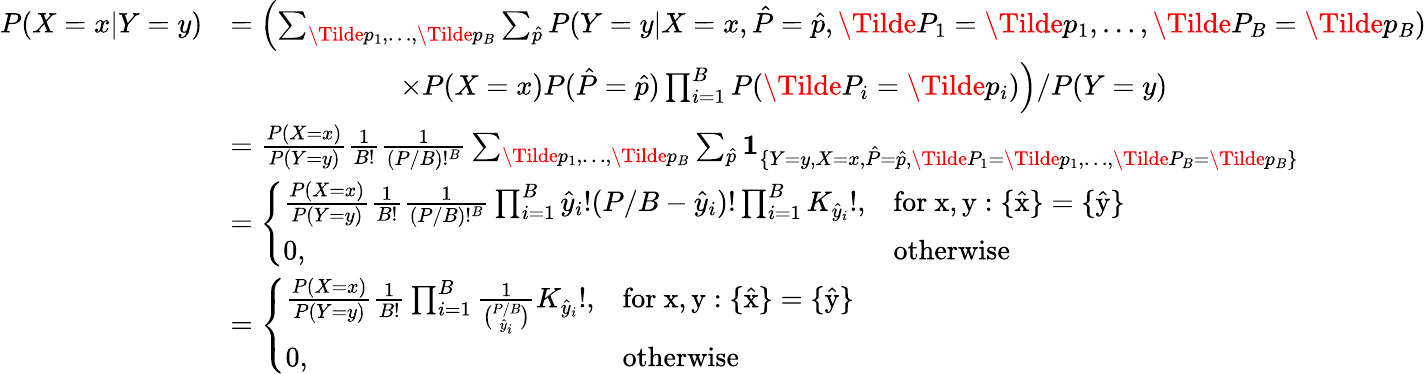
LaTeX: \begin{array}{rl}{P(X=x|Y=y)}&{=\left(\sum_{\Tilde{p}_{1},\dots,\Tilde{p}_{B}}\sum_{\hat{p}}P(Y=y|X=x,\hat{P}=\hat{p},\Tilde{P}_{1}=\Tilde{p}_{1},\dots,\Tilde{P}_{B}=\Tilde{p}_{B})\right.}\\ &{\qquad\qquad\qquad\left.\times P(X=x)P(\hat{P}=\hat{p})\prod_{i=1}^{B}P(\Tilde{P}_{i}=\Tilde{p}_{i})\right)/P(Y=y)}\\ &{=\frac{P(X=x)}{P(Y=y)}\frac{1}{B!}\frac{1}{(P/B)!^{B}}\sum_{\Tilde{p}_{1},\dots,\Tilde{p}_{B}}\sum_{\hat{p}}\mathbf{1}_{\{ Y=y,X=x,\hat{P}=\hat{p},\Tilde{P}_{1}=\Tilde{p}_{1},\dots,\Tilde{P}_{B}=\Tilde{p}_{B}\} }}\\ &{=\left\{ \begin{array}{ll}{\frac{P(X=x)}{P(Y=y)}\frac{1}{B!}\frac{1}{(P/B)!^{B}}\prod_{i=1}^{B}\hat{y}_{i}!(P/B-\hat{y}_{i})!\prod_{i=1}^{B}K_{\hat{y}_{i}}!,}&{\mathrm{for~x,y:\{ \hat{x}\} =\{ \hat{y}\} ~}}\\ {0,}&{\mathrm{otherwise}}\end{array}\right.}\\ &{=\left\{ \begin{array}{ll}{\frac{P(X=x)}{P(Y=y)}\frac{1}{B!}\prod_{i=1}^{B}\frac{1}{\binom{P/B}{\hat{y}_{i}}}K_{\hat{y}_{i}}!,}&{\mathrm{for~x,y:\{ \hat{x}\} =\{ \hat{y}\} ~}}\\ {0,}&{\mathrm{otherwise}}\end{array}\right.}\end{array}